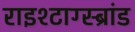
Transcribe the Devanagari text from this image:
राइश्टाग्स्ब्रांड